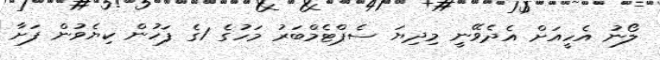
ލޯނު އެހީއަށް އެދެވޭނީ މިދިޔަ ސެޕްޓެމްބަރު މަހުގެ 1ގެ ފަހުން ކިޔެވުން ފަށާ